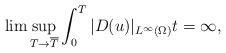
\begin{align*}\lim \sup_{ T \rightarrow \overline{T}} \int_0^T |D( u)|_{ L^\infty(\Omega)}t=\infty,\end{align*}